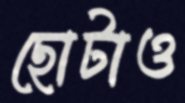
ছোটাও